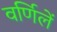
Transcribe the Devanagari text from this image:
वर्णिलें